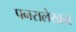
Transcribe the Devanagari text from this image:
पनरालेखन